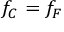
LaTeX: f _ { C } = f _ { F }